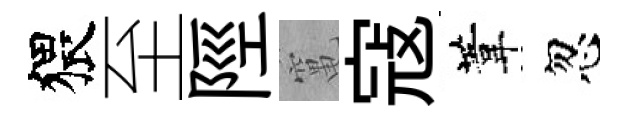
猥至陘𥧄寇葦忽